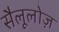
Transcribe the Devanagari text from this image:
सैलूलोज़